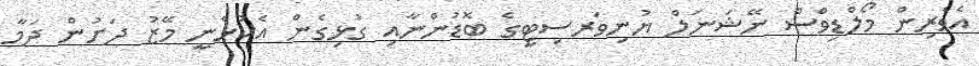
އެވެރިން މޯލްޑިވްސް ނޭޝަނަލް ޔުނިވަރސިޓީގެ ބޮޑުންނާއި ގުޅިގެން އެކުޅެނީ މޭޒު ދަށުން ދަމާ